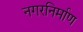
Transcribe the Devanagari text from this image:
नगरनिर्माण